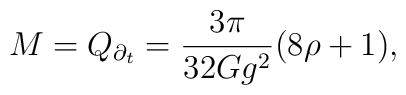
M=Q_{\partial_t} = \frac{3\pi}{32Gg^2}(8\rho+1),